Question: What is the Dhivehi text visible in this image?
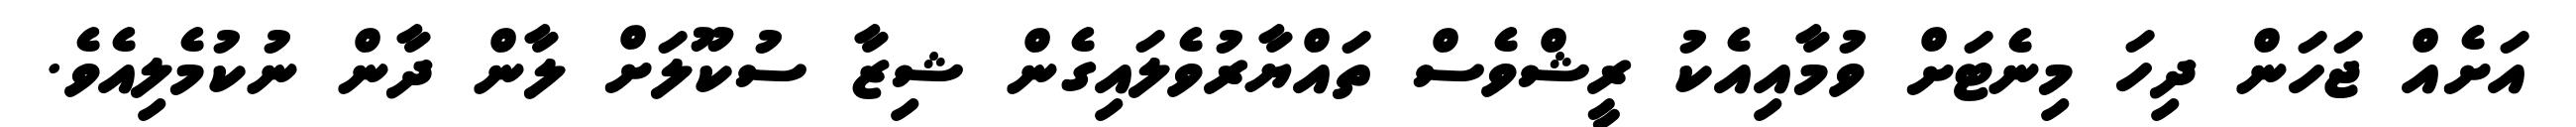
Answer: އަށެއް ޖަހަން ދިހަ މިނެޓަށް ވުމާއިއެކު ރީޝްވެސް ތައްޔާރުވެލައިގެން ޝިޒާ ސުކޫލަށް ލާން ދާން ނުކުމެލިއެވެ.